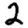
Digit: 2